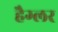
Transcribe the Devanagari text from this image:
हैग्लर